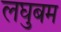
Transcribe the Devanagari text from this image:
लघुबम